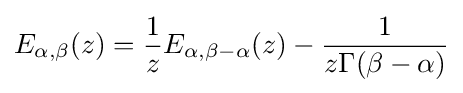
E_{\alpha ,\beta }(z)={\frac {1}{z}}E_{\alpha ,\beta -\alpha }(z)-{\frac {1}{z\Gamma (\beta -\alpha )}}